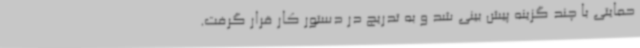
حمایتی با چند گزینه پیش بینی شد و به تدریج در دستور کار قرار گرفت.